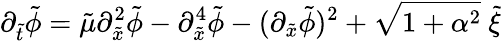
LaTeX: \partial_{\tilde{t}}\tilde{\phi}=\tilde{\mu}\partial_{\tilde{x}}^{2}\tilde{\phi}-\partial_{\tilde{x}}^{4}\tilde{\phi}-(\partial_{\tilde{x}}\tilde{\phi})^{2}+\sqrt{1+\alpha^{2}}\ \tilde{\xi}